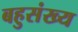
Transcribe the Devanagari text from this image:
बहुसंख्‍य